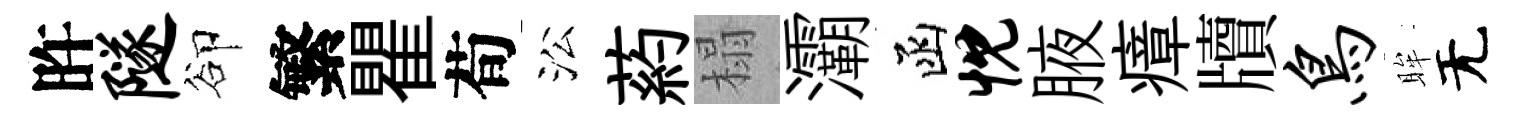
旿隧卻繁瞿荀㳂葯榻灞函忱腋瘴牘鸟眸无